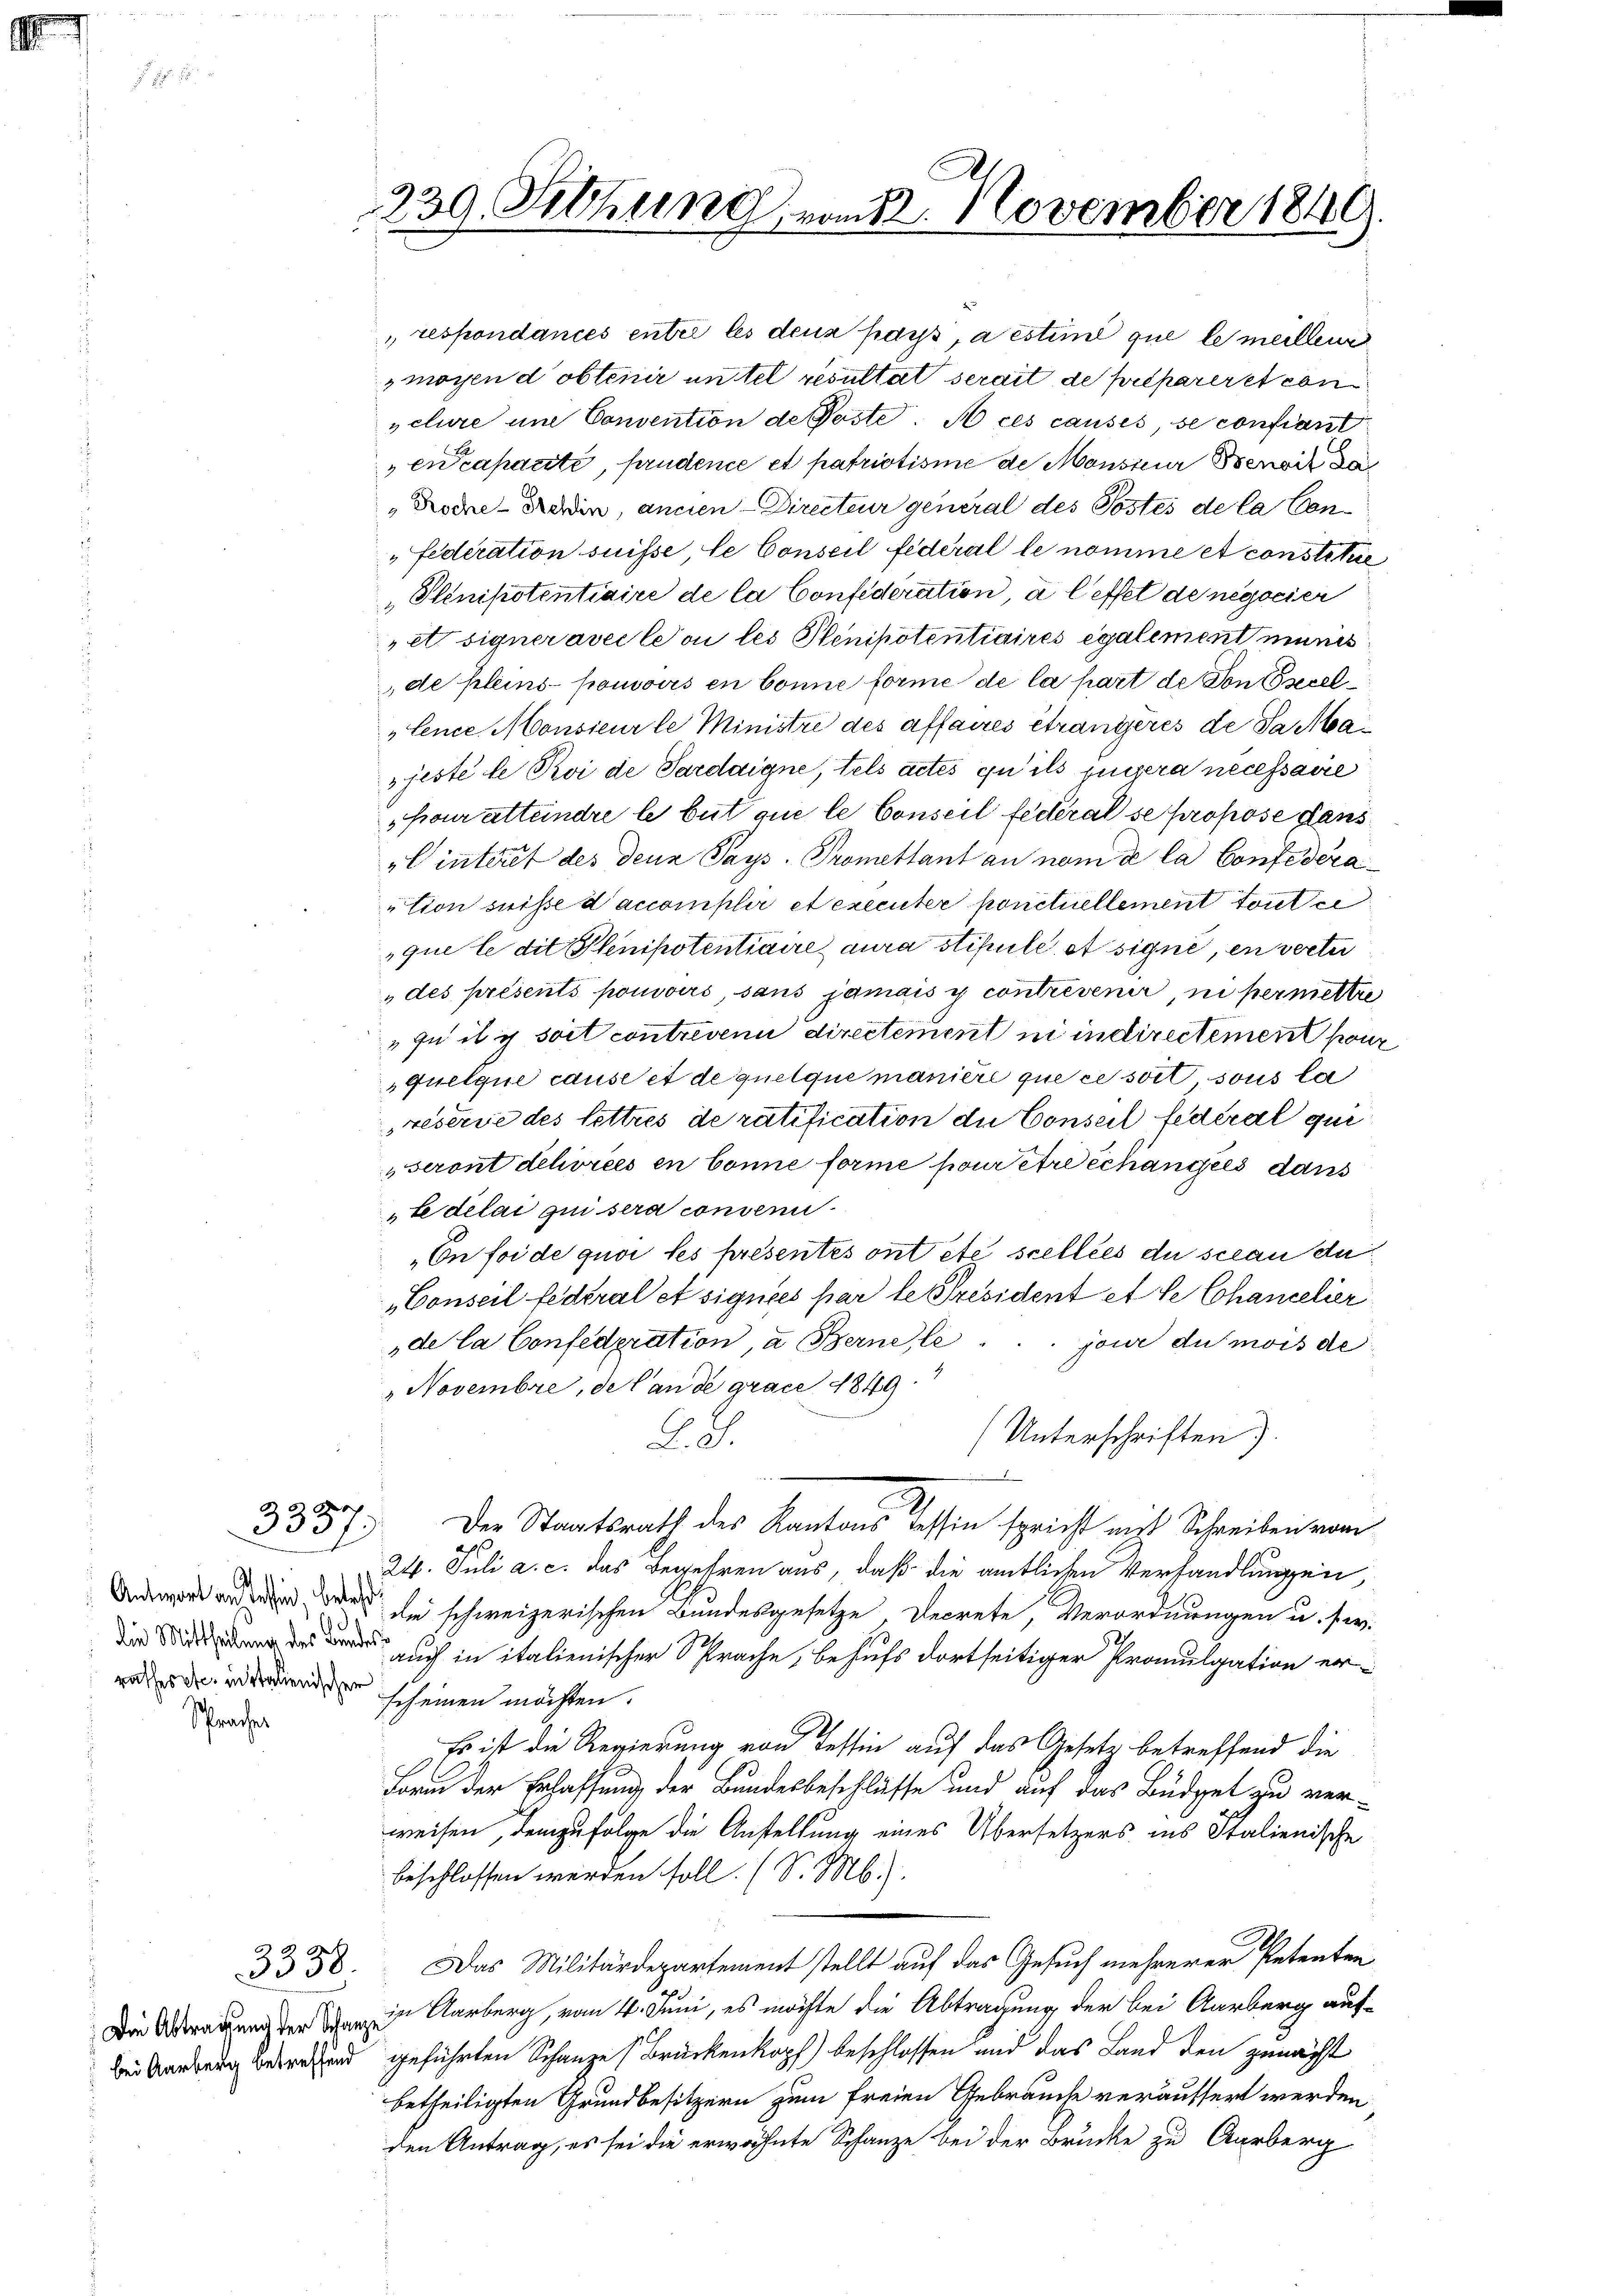
Spracher

333/
1

Antwort an Tessin betref
rathes etc. in italienischer

respondances entre les deux pays, aestime que le meillene
moyen d obtenir untel resultat serait de préparer et con
pclure und Consention de Poste. A ces causes, se confiant
encapacité, prudence et patriotisme de Monsieur Benoit da
Kodne-Ferdin, ancien - Directeur general des Postes de la Con¬
"Federation suisse, le Conseil federal le nomme et constitue
Penipotentiaire de la Confederation, à leffet de negocier
et signer avec l’on les Penipotentiaires egalement minis
de Kleins pouvoirs en bonne forme de la part de Von secel¬
Lence Monsieur le Ministre des affaires étrangeres de Samba¬
»jeste le Poi de Sardaigne, tels actes qu’ils jugera necessaire
hour attendre le but que le Conseil fédéral se propose dans
"Einteret des denn Pays, Promettant au nom de la Confederation suisse d’accomplir et executer honctiellement toute
que le dit Pfenipotentiaire aura stipule et signé, en vertur
" des présents pouvoirs sans jamais y contrevenir, ni permettre
" zu il ich soit contrevenu directement in indirectement son
quelque cause et de quelque manière que ce soit sous la
reserie des lettres de ratification du Conseil fédéral qui
seront délivrées en bonne forme pour être échangies dans
Le délai qui sera conseni
„En forde quoi les presentes ont été scellées du schau du
„Conseil federal et signées par le Président et le Chancelier
de la Confederation, a. Berne le
jour du mois de
Novembre, de lande grace 1849
(Unterschriften).
L.ds.
h
Der Staatsrath des Kantons Tessin spricht mit Schreiben vom
24. Juli a. c. das Begehren aus, daß die amtlichen Verhandlungen,
 die schweizerischen Bundesgesetze Decrete, Verordnungen u. fer-
d
 auch in italienischer Sprache, behufs dortseitiger Promulgation ersch einen möchten.
Es ist die Regierung von Tessin auf das Gesetz betreffend die
Form der Erlassung der Bundesbeschlüsse und auf das Büdget zu verweisen, demzufolge die Anstellung eines Übersetzers ins Stalienische
beschlossen werden soll. (S. M.).
3350. Das Militärdepartement stellt auf das Gesuch mehrerer Petenten
Dein Aarberg, vom 4. Juni, es möchte die Abtragung der bei Aarberg auf¬
Bei Verberg betreffend geführten Schanze (Brückenkopf) beschlossen und das Land den zunächt
betheiligten Grundbesitzern zum freien Gebrauche veräussert werden
den Antrag, es sei die erwähnte Schanze bei der Brücke zu Aurberg

239. Februng vom 12. November 1849